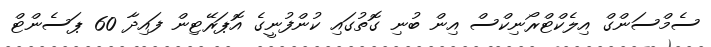
ސެމްސަންގް އިލެކްޓްރޯނިކްސް އިން ބުނި ގޮތުގައި ކުންފުނީގެ އޮޕަރޭޓިން ފައިދާ 60 ޕަސެންޓް